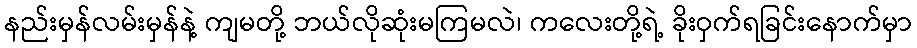
နည်းမှန်လမ်းမှန်နဲ့ ကျမတို့ ဘယ်လိုဆုံးမကြမလဲ၊ ကလေးတို့ရဲ့ ခိုးဝှက်ရခြင်းနောက်မှာ